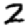
Digit: 2